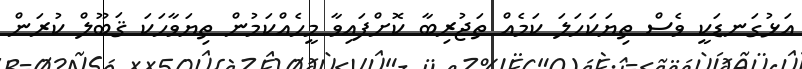
އަޅުގަނޑަކީ ވެސް ތިޔަކަހަލަ ކަމެއް ތަޖުރިބާ ކޮށްފައިވާ މީހެއްކަމުން ތިޔަވާހަކަ ޤަބޫލް ކުރަން